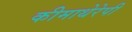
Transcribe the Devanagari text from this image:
कीमाथेरेपी